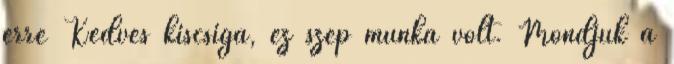
erre Kedves kiscsiga, ez szép munka volt. Mondjuk a